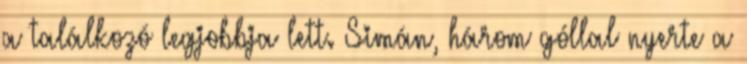
a találkozó legjobbja lett. Simán, három góllal nyerte a